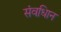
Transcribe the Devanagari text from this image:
संवधिान